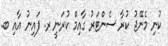
ކުނި މެނޭޖު ކުރާ ސެންޓަރު ގާއިމް ކުރަނީ ރ. ފައިނު އާއި ބ.